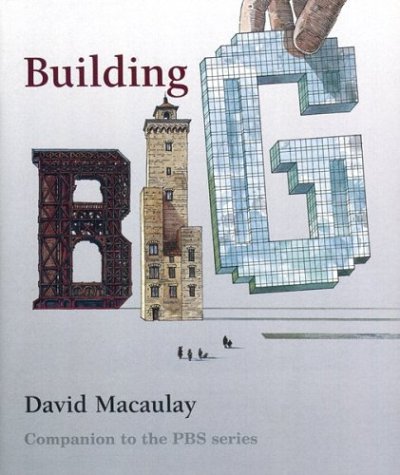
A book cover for Building Big; David Macaulay; Teen & Young Adult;